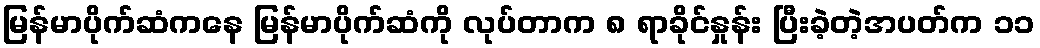
မြန်မာပိုက်ဆံကနေ မြန်မာပိုက်ဆံကို လုပ်တာက ၈ ရာခိုင်နှုန်း ပြီးခဲ့တဲ့အပတ်က ၁၁